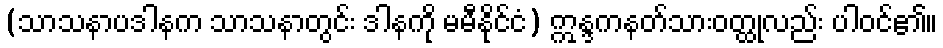
(သာသနာပဒါနက သာသနာတွင်း ဒါနကို မမီနိုင်ငံ) ဣန္ဒကနတ်သားဝတ္ထုလည်း ပါဝင်၏။